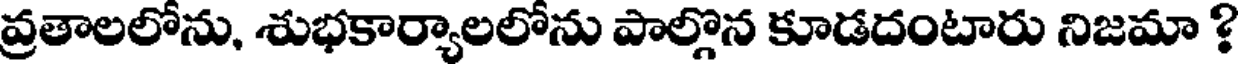
వ్రతాలలోను, శుభకార్యాలలోను పాల్గొన కూడదంటారు నిజమా ?